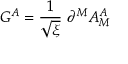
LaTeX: G ^ { A } = \frac { 1 } { \sqrt { \xi } } \ \partial ^ { M } A _ { M } ^ { A }